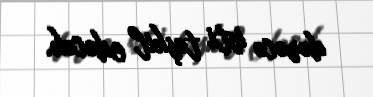
dərəcə isti təşkil edəcək.